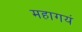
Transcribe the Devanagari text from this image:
महागयं